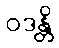
ဝဒန္တိ